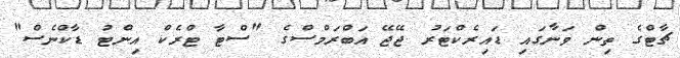
ޗާޓްގެ ތިން ވަނާގައި ޑައިރެކްޓަރު ޖޭޖޭ އަބްރަމްސްގެ "ސްޓާ ޓްރެކް އިންޓު ޑާކްނެސް"